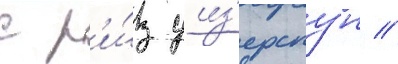
с р'и́з уиз'ерспун //